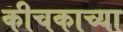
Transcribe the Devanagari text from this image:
कीचकाच्या